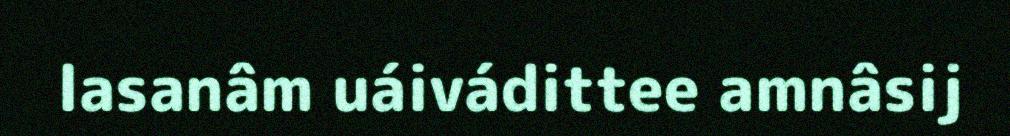
lasanâm uáivádittee amnâsij